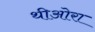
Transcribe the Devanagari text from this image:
थीओरा